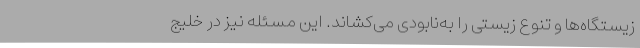
زیستگاه‌ها و تنوع زیستی را به‌نابودی می‌کشاند. این مسئله نیز در خلیج